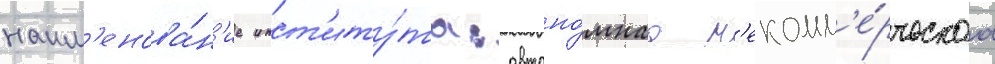
наим'енова́н'ие инст'иту́та: автоно́мнаа н'екомм'е́рческаа